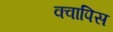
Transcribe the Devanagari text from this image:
क्वापिस